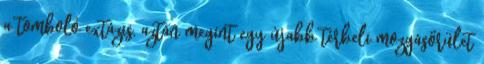
a tomboló extázis, aztán megint egy újabb térbeli mozgásőrület